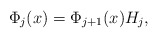
\begin{align*}\Phi_j(x) = \Phi_{j+1}(x)H_j,\end{align*}